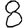
Digit: 8